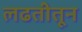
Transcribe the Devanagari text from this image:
लढतीतून